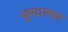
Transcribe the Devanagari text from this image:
धुमधमाल